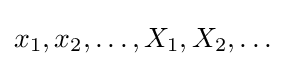
x_{1},x_{2},\ldots ,X_{1},X_{2},\ldots